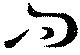
問